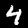
Digit: 4